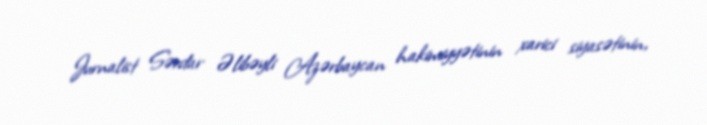
Jurnalist Sərdar Əlibəyli Azərbaycan hakimiyyətinin xarici siyasətinin,